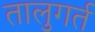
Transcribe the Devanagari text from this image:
तालुगर्त